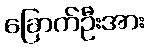
ခြောက်ဦးအား